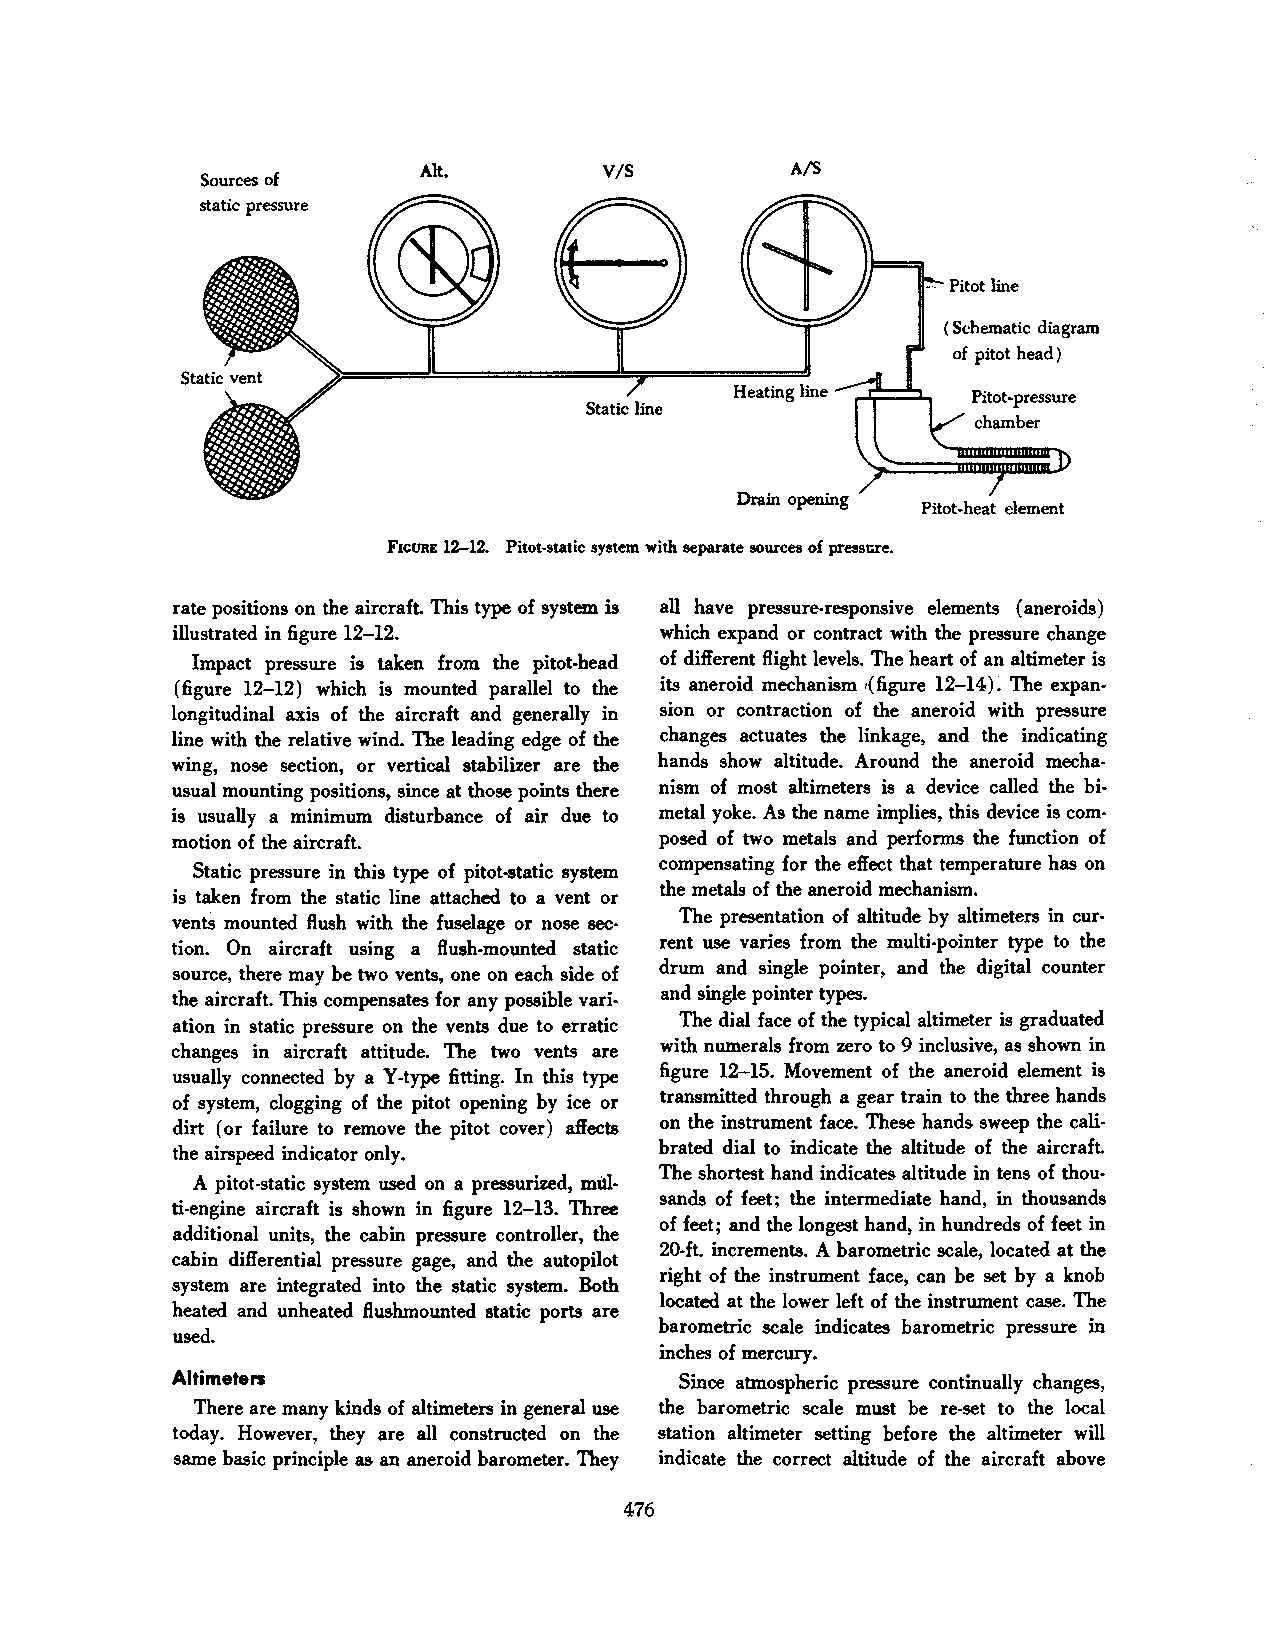
Alt.        V/S         A/S
 Sources of
 static pressure
 ( Schematic diagram
 of pitot head)
 Static line
 Drain opening
 Pitot-heat element
 FICURE 12-12. Pitot-static system with separate sources of press10re.
 rate positions on the aircraft. This type of system is all have pressure-responsive elements (aneroids)
 illustrated in figure 12-12.     which expand or contract with the pressure change
 Impact pressure is taken from the pitot-head of different ftight levels. The heart of an altimeter is
 (figure 12-12) which is mounted parallel to the its aneroid mechanism {figure 12-14): The expan·
 longitudinal axis of the aircraft and generally in sion or contraction of the aneroid with pressure
 line with the relative wind. The leading edge of the changes actuates the linkage, and the indicating
 wing, nose section, or vertical stabilizer are the hands show altitude. Around the aneroid mecha
 usual mounting positions, since at those points there nism of most altimeters is a device called the bi
 is usually a minimum disturbance of air due to metal yoke. As the name implies, this device is com
 motion of the aircraft.          posed of two metals and perfonns the function of
 compensating for the effect that temperature has on
 Static pressure in this type of pitot-static system
 the metals of the aneroid mechanism.
 is taken from the static line attached to a vent or
 The presentation of altitude by altimeters in cur
 vents mounted ftush with the fuselage or nose sec
 tion. On aircraft using a ftush-mounted static rent use varies from the multi-pointer type to the
 drum and single pointer, and the digital counter
 source, there may be two vents, one on each side of
 the aircraft. This compensates for any possible vari and single pointer types.
 The dial face of the typical altimeter is graduated
 ation in static pressure on the vents due to erratic
 with numerals from zero to 9 inclusive, as shown in
 changes in aircraft attitude. The two vents are
 figure 12-15. Movement of the aneroid element is
 usually connected by a Y -type fitting. In this type
 transmitted through a gear train to the three hands
 of system, clogging of the pitot opening by ice or
 dirt (or failure to remove the pitot cover) affects on the instrument face. These hands sweep the cali
 brated dial to indicate the altitude of the aircraft.
 the airspeed indicator only.
 The shortest hand indicates altitude in tens of thou·
 A pitot-static system used on a pressurized, mill
 sands of feet; the intennediate hand, in thousands
 ti-engine aircraft is shown in figure 12-13. Three
 of feet; and the longest hand, in hundreds of feet in
 additional units, the cabin pressure controller, the
 20-ft. increments. A barometric scale, located at the
 cabin differential pressure gage, and the autopilot
 right of the instrument face, can be set by a knob
 system are integrated into the static system. Both
 located at the lower left of the instrument case. The
 heated and unheated ftushmounted static ports are
 barometric scale indicates barometric pressure in
 used.
 inches of mercury.
 Altimeters                        Since atmospheric pressure continually changes,
 There are many kinds of altimeters in general use the barometric scale must be re-set to the local
 today. However, they are all constructed on the station altimeter setting before the altimeter will
 same basic principle as an aneroid barometer. They indicate the correct altitude of the aircraft above
 476